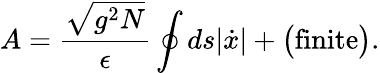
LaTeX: A=\frac{\sqrt{g^{2}N}}{\epsilon}\oint ds|\dot{x}|+\big(\mathrm{finite}\big).